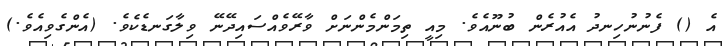
އެ () ފެނުނުހިނދު އެއުރެން ބުނޫއެވެ. މިއީ ތިމަންމެންނަށް ވާރޭވެއްސައިދޭނޭ ވިލާގަނޑެކެވެ. (އެންގެވިއެވެ.)